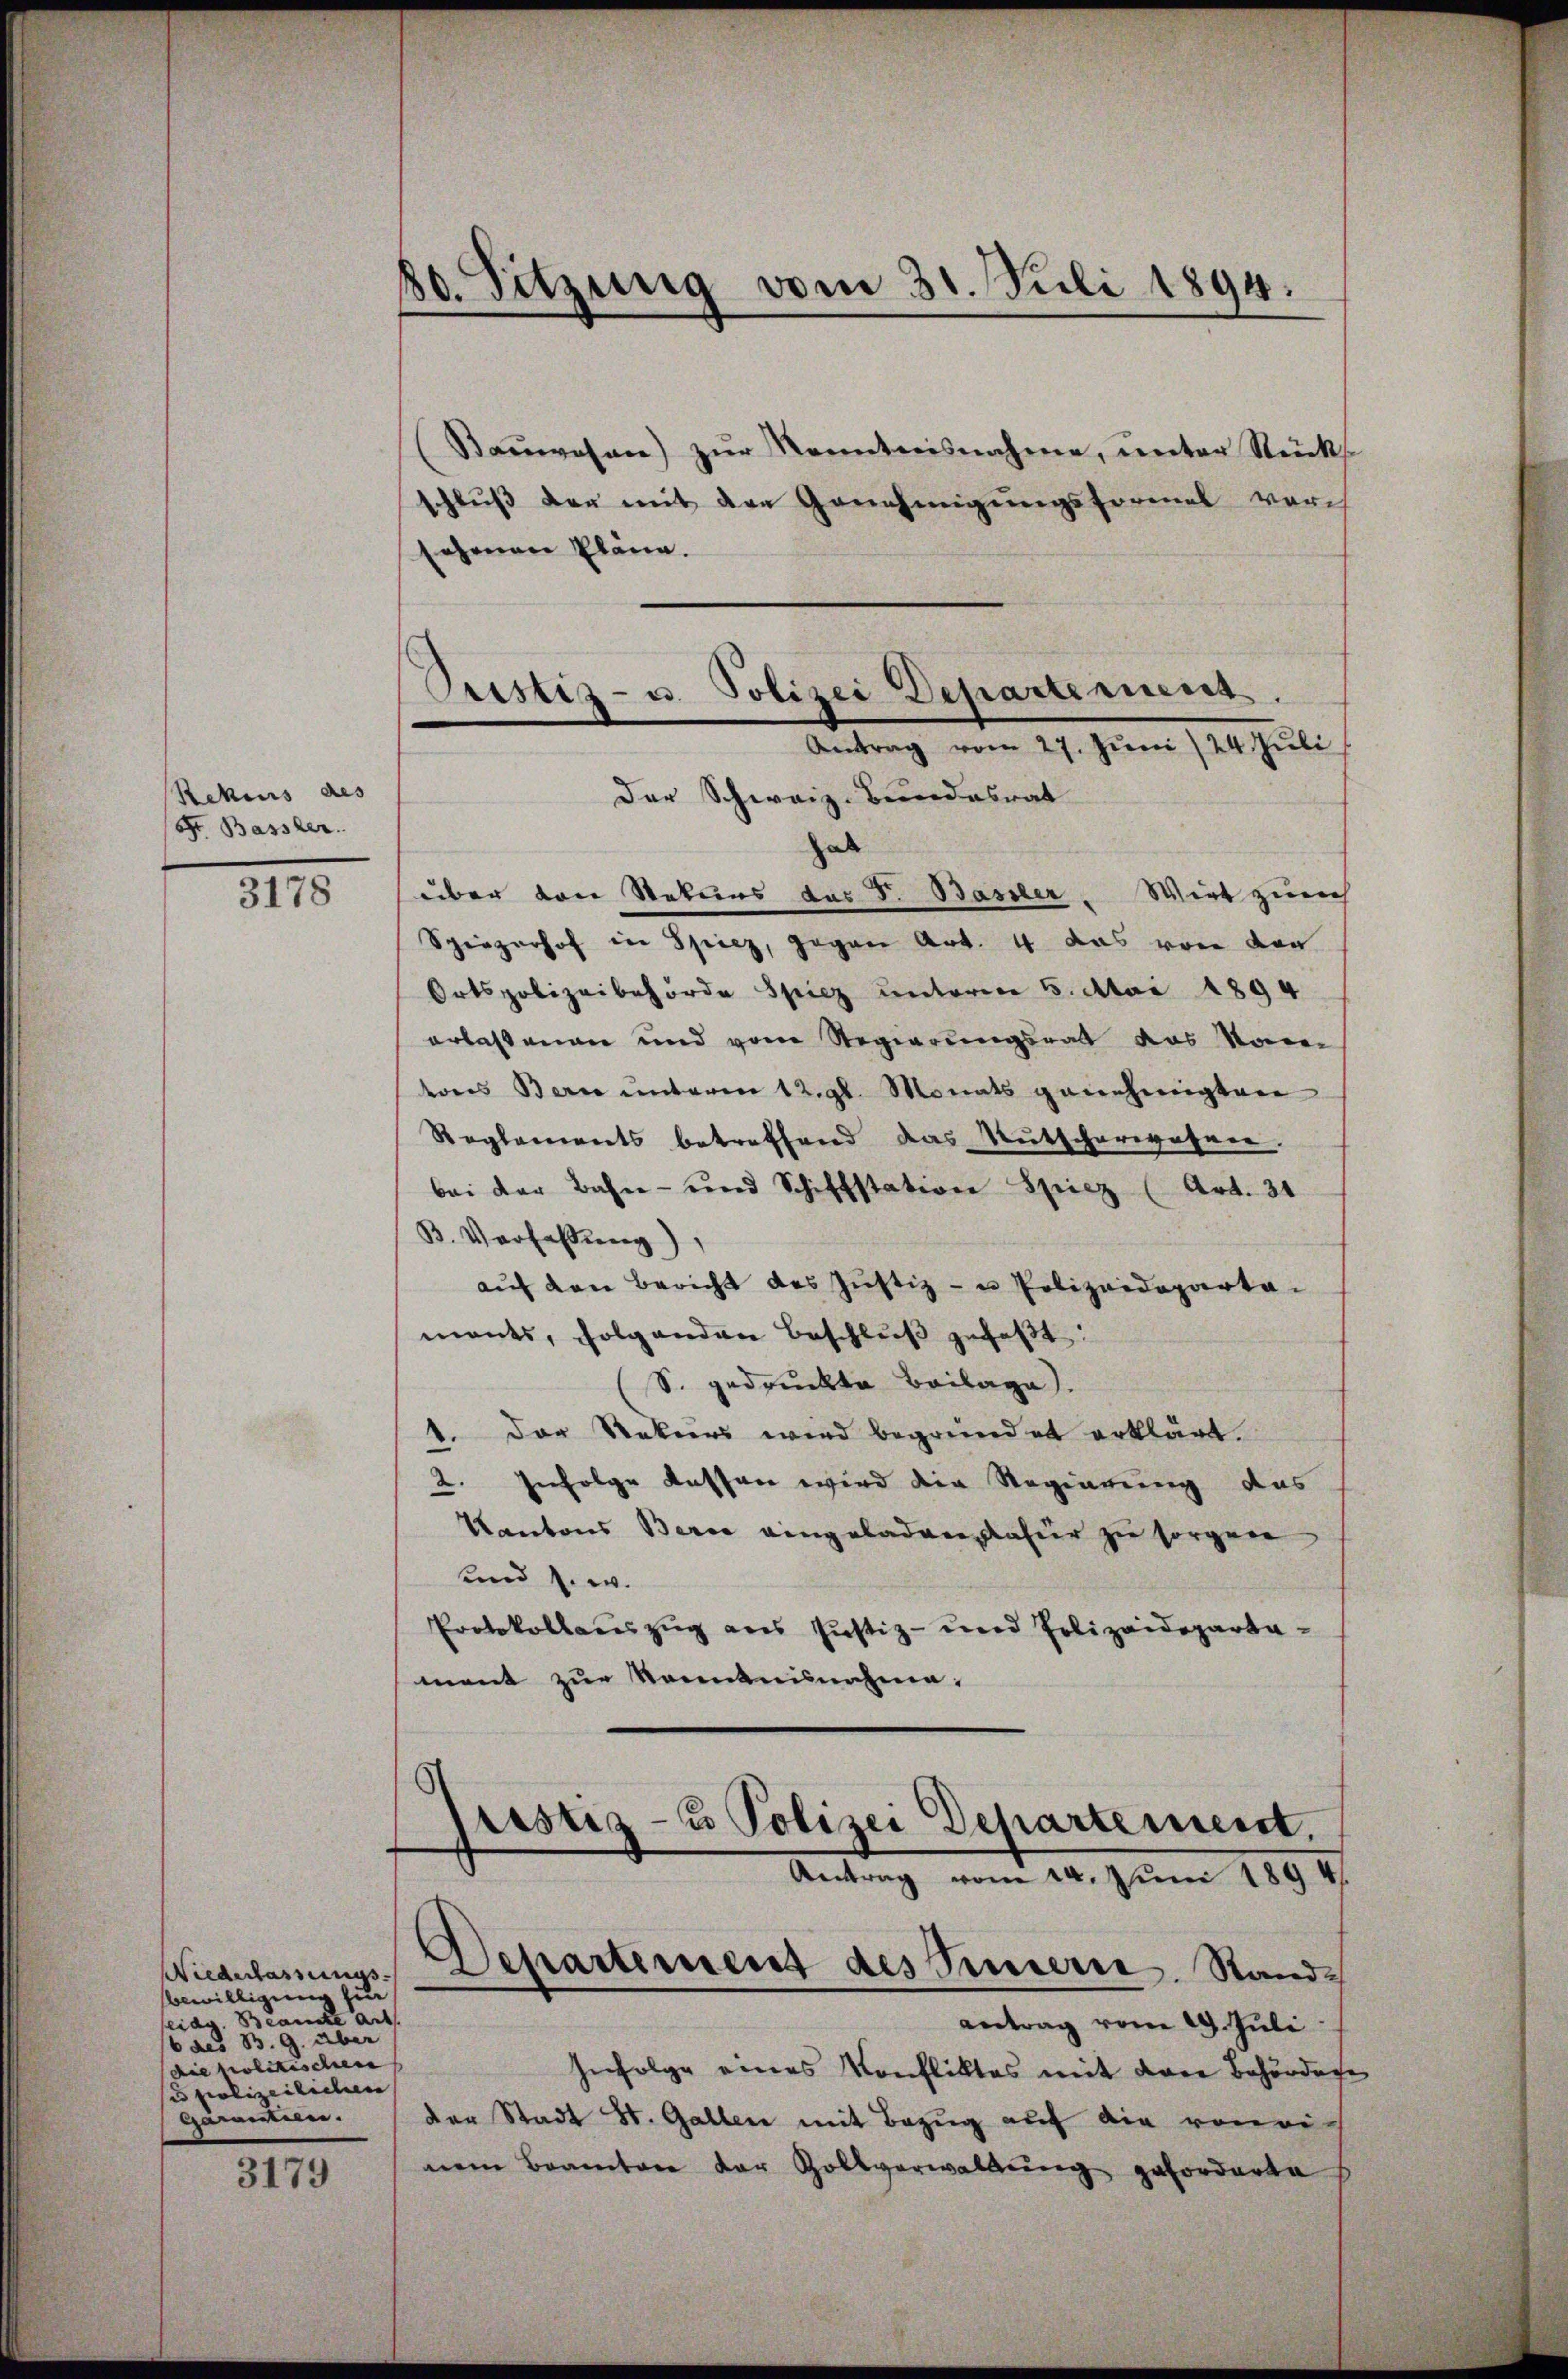
Rekius des
S. Basser.

3178

Niederlassungs-
sbewilligen zur
eidg. Beamte Art
16 des B. G. über
(die politischen
u polizeilichen
Garantien.

3179

80. Sitzung vom 31. Juli 1894.

Pustiz- u. Polizei Departement.
Antrag vom 27. Juni / 24. Juli
Der Schweiz. Bundesrat

(Baŭwesen) zŭr Kenntnisnahme, unter Stücks
schluß der mit den Genehmigungsformel vor
sehenen Plänen.
hab
über den Rekurs das d. Basser. Wirt zurch
Spiezerhof in Spiez, gegen Art. 4 das von von
Ortspolizeibehörde Spiez unterm 5. Mai 1894
erlassenen und vom Regierungsrat das Verei
eres Berne unterm 12. gl. Monats genehmigten
Reglements betreffend das Rutscherwähner.
bei der Bahn- und Schiffstation Spiez (Art. 31
B. Verfassung),
auf den Bericht des Justiz- u Polizeideparta-
mants, folgenden Beschlŭβ gefaßt:
S. gedruckte Beilage).
1. Der Rekurs wird begründet erklärt.
2. Infolge Kassen wird die Regierung das
Kantons Berce eingeladen, dafür zu sorgen
und s. w.
Protokollauszug aus Justiz- und Polizeidepartamant zur Kenntnisnahme:
fristiz- u Polizei Departement.
Aentrag vom 24. Juni 1894
Departement des Innern, Standantrag vom 29. Juli
Infolge eines Konfliktes mit dere Behördage
der Stadt St. Gallen mit Bezug auf die voneinem Branten der Zollverwaltung geforderte